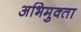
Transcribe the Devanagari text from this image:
अभिमुक्‍ता